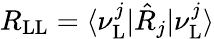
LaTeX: R_{\mathrm{LL}}=\langle\nu_{\mathrm{L}}^{j}|\hat{R}_{j}|\nu_{\mathrm{L}}^{j}\rangle